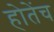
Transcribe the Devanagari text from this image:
होतेंच